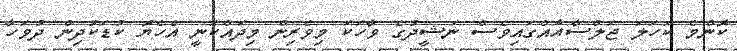
ކޮންމެ ކަހަލަ ޖަލްސާއެއްގައިވެސް ނަޝީދުގެ ވާހަަކަ މިވެރިން މިދައްކަނީ އެހެޔޮ ކުޑަކުދިން ދުވަހާ